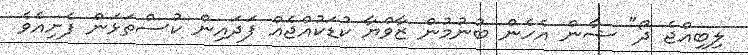
ލިބިއްޖެ ދޯ" ޝާން އެހެން ބުނުމުން ޒާވްޔާ ކުޑަކުއްޖެއް ފަދައިން ކުސްތަޅަން ފެށިއެވެ